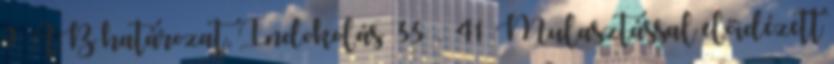
9. AB határozat, Indokolás 33 . 41 Mulasztással előidézett